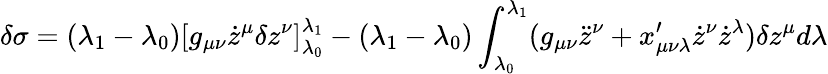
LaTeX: \delta\sigma=(\lambda_{1}-\lambda_{0})[g_{\mu\nu}\dot{z}^{\mu}\delta z^{\nu}]_{\lambda_{0}}^{\lambda_{1}}-(\lambda_{1}-\lambda_{0})\int_{\lambda_{0}}^{\lambda_{1}}(g_{\mu\nu}\ddot{z}^{\nu}+x_{\mu\nu\lambda}^{\prime}\dot{z}^{\nu}\dot{z}^{\lambda})\delta z^{\mu}d\lambda